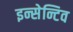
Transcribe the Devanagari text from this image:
इन्सेन्टिव